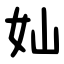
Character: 奾